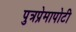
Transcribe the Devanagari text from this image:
पुत्रप्रेमापोटी